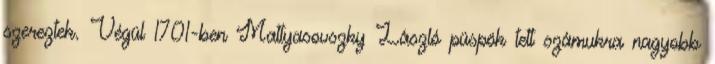
szereztek. Végül 1701-ben Mattyasovszky László püspök tett számukra nagyobb